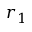
r _ { 1 }